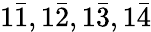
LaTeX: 1{\bar{1}},1{\bar{2}},1{\bar{3}},1{\bar{4}}